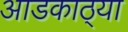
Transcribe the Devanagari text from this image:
आडकाठ्या